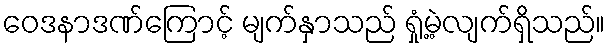
ဝေဒနာဒဏ်ကြောင့် မျက်နှာသည် ရှုံ့မဲ့လျက်ရှိသည်။